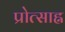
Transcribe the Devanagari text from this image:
प्रोत्साह्न